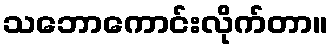
သဘောကောင်းလိုက်တာ။